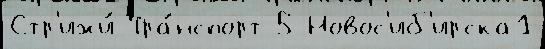
Стр'ижи́ Тра́нспорт 5 Новос'иб'ирска1